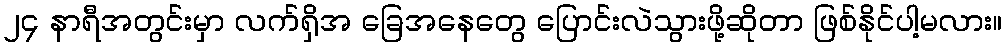
၂၄ နာရီအတွင်းမှာ လက်ရှိအ ခြေအနေတွေ ပြောင်းလဲသွားဖို့ဆိုတာ ဖြစ်နိုင်ပါ့မလား။